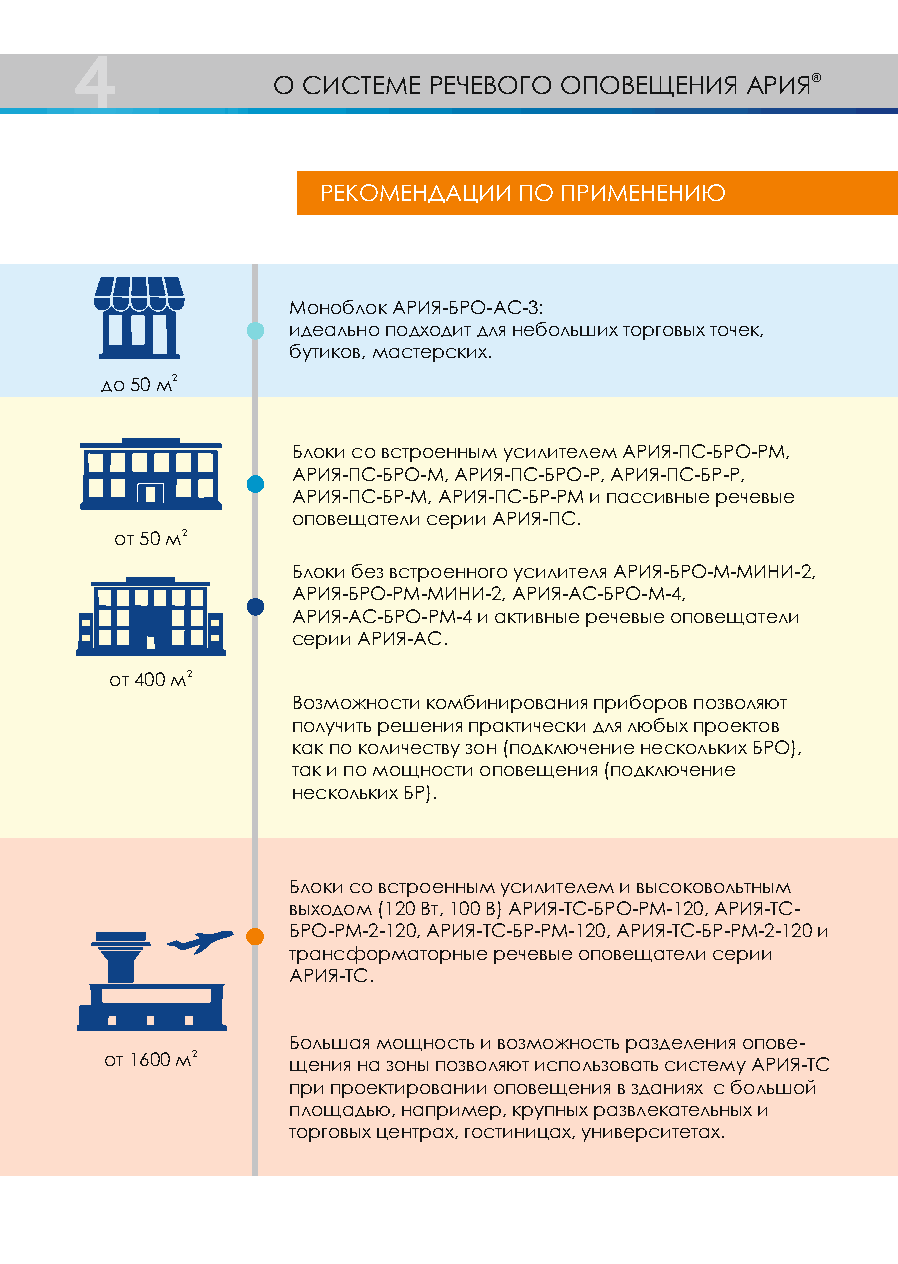
4
 О СИСТЕМЕ РЕЧЕВОГО ОПОВЕЩЕНИЯ  АРИЯ®
 РЕКОМЕНДАЦИИ ПО ПРИМЕНЕНИЮ
 Моноблок АРИЯ-БРО-АС-3:
 идеально подходит для небольших торговых точек,
 бутиков, мастерских.
 до 50 м2
 Блоки со встроенным усилителем АРИЯ-ПС-БРО-РМ,
 АРИЯ-ПС-БРО-М, АРИЯ-ПС-БРО-Р, АРИЯ-ПС-БР-Р,
 АРИЯ-ПС-БР-М, АРИЯ-ПС-БР-РМ и пассивные речевые
 оповещатели серии АРИЯ-ПС.
 от 50 м2
 Блоки без встроенного усилителя АРИЯ-БРО-М-МИНИ-2,
 АРИЯ-БРО-РМ-МИНИ-2, АРИЯ-АС-БРО-М-4,
 АРИЯ-АС-БРО-РМ-4 и активные речевые оповещатели
 серии АРИЯ-АС.
 от 400 м2
 Возможности комбинирования приборов позволяют
 получить решения практически для любых проектов
 как по количеству зон (подключение нескольких БРО),
 так и по мощности оповещения (подключение
 нескольких БР).
 Блоки со встроенным усилителем и высоковольтным
 выходом (120 Вт, 100 В) АРИЯ-ТС-БРО-РМ-120, АРИЯ-ТС-
 БРО-РМ-2-120, АРИЯ-ТС-БР-РМ-120, АРИЯ-ТС-БР-РМ-2-120 и
 трансформаторные речевые оповещатели серии
 АРИЯ-ТС.
 Большая мощность и возможность разделения опове-
 от 1600 м2  щения на зоны позволяют использовать систему АРИЯ-ТС
 при проектировании оповещения в зданиях с большой
 площадью, например, крупных развлекательных и
 торговых центрах, гостиницах, университетах.